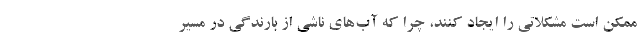
ممکن است مشکلاتی را ایجاد کنند، چرا که آب‌های ناشی از بارندگی در مسیر